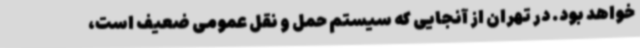
خواهد بود. در تهران از آنجایی که سیستم حمل و نقل عمومی ضعیف است،